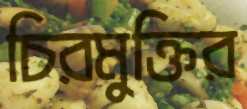
চিরমুক্তির